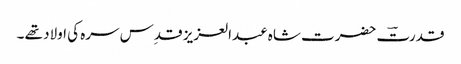
قدرتؔ حضرت شاہ عبدالعزیز قدِس سرہ کی اولاد تھے ۔